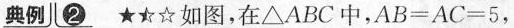
典例②★★☆如图，在△ABC中，$$A B = A C = 5$$，